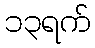
၁၃ရက်